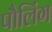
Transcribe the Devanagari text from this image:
पौलिंग